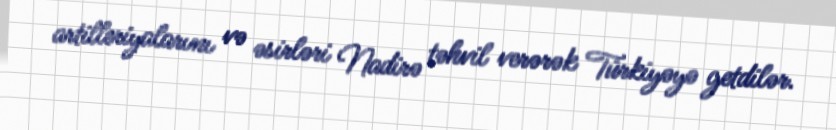
artilleriyalarını və əsirləri Nadirə təhvil verərək Türkiyəyə getdilər.